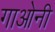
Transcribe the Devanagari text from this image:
गाओनी